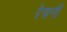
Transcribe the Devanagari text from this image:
रेचनी